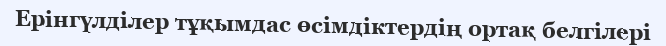
Ерінгүлділер тұқымдас өсімдіктердің ортақ белгілері